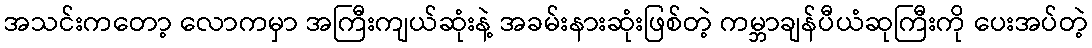
အသင်းကတော့ လောကမှာ အကြီးကျယ်ဆုံးနဲ့ အခမ်းနားဆုံးဖြစ်တဲ့ ကမ္ဘာချန်ပီယံဆုကြီးကို ပေးအပ်တဲ့